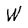
Character: W